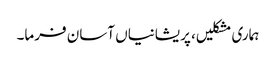
ہماری مشکلیں، پریشانیاں آسان فرما۔